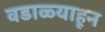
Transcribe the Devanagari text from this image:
वडाळ्याहून